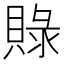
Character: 𮚓